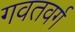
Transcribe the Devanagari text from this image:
गवतवर्ग